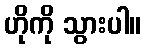
ဟိုကို သွားပါ။